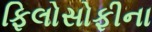
ફિલોસોફીના